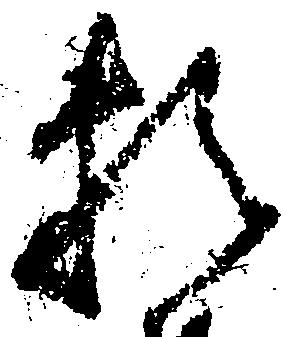
頼